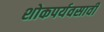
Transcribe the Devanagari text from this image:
शोकपर्यवसावी